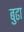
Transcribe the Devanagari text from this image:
बुढा